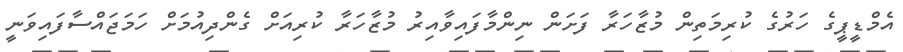
އެމްޑީޕީގެ ހަރުގެ ކުރިމަތިން މުޒާހަރާ ފަށަން ނިންމާފައިވާއިރު މުޒާހަރާ ކުރިއަށް ގެންދިއުމަށް ހަމަަޖައްސާފައިވަނީ